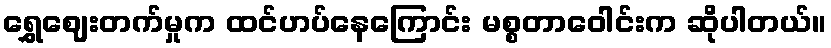
ရွှေဈေးတက်မှုက ထင်ဟပ်နေကြောင်း မစ္စတာဝေါင်းက ဆိုပါတယ်။